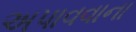
અપાવવાના